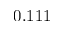
0 . 1 1 1